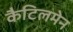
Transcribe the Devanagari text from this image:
कैटिलमेन